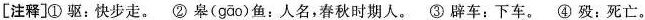
[注释]①驱：快步走。②皋( gāo )鱼：人名，春秋时期人。③辟车：下车。④殁：死亡。